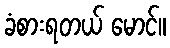
ခံစားရတယ် မောင်။